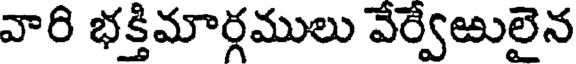
వారి భక్తిమార్గములు వేర్వేఱులైన